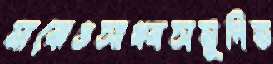
মাঝেওসাধ্বসমুদিত